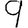
Digit: 9